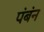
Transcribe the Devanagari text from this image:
पंबंन